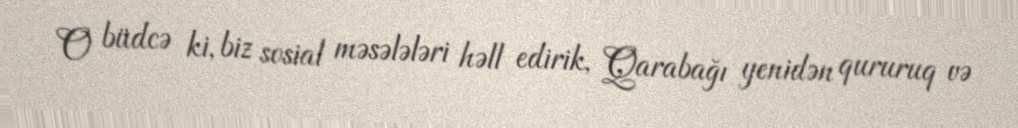
O büdcə ki, biz sosial məsələləri həll edirik, Qarabağı yenidən qururuq və